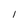
Character: l